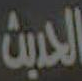
الحديث